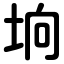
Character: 垧